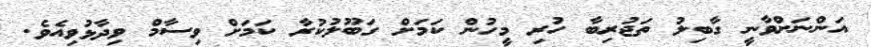
އަންނަށްވާނީ ގާބިލު ތަޖުރިބާ ހުރި މީހުން ކަމަށް ގަބޫލުކުރާ ކަމަށް ވިސާމް ވިދާޅުވިއެވެ.